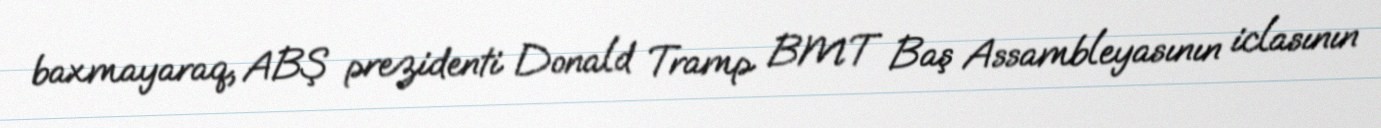
baxmayaraq, ABŞ prezidenti Donald Tramp BMT Baş Assambleyasının iclasının